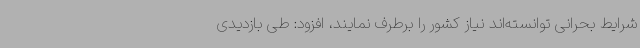
شرایط بحرانی توانسته‌اند نیاز کشور را برطرف نمایند، افزود: طی بازدیدی